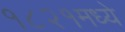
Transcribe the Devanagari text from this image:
१८२१मध्ये